Lunatic asylums Central Provinces reports 1886-1894 - 1886-1894
Year: 1886
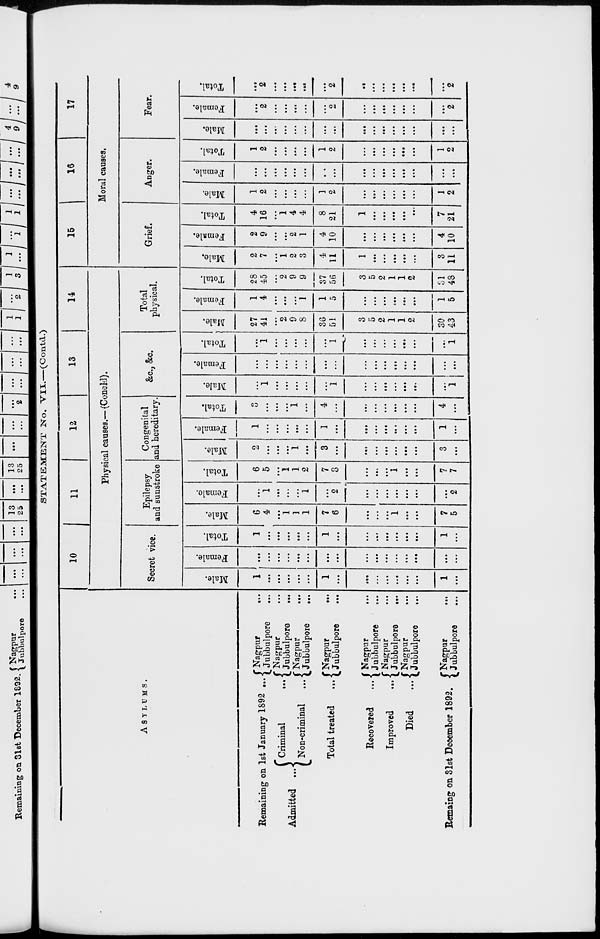
STATEMENT No. VII.—(Contd.)
ASYLUMS.
Remaining on 1st January 1892 ...
Admitted
...
Criminal
...
Non-criminal
...
Total treated
...
Recovered
...
Improved...
Died
...
Remaing on 31st December 1892.
Nagpur...
Jubbulpore
...
Nagpur...
Jubbulpore
...
Nagpur...
Jubbulpore...
Nagpur...
Jubbulpore...
Nagpur...
Jubbulpore...
Nagpur...
Jubbulpore...
Nagpur...
Jubbulpore...
Nagpur...
Jubbulpore...
10
11
12
13
14
Physical causes.—(Concld).
Secret vice.
Male.
1
...
...
...
...
...
1
...
...
...
...
...
...
...
1
...
Female.
...
...
...
...
...
...
...
...
...
...
...
...
...
...
...
...
Total.
1
...
...
...
...
...
1
...
...
...
...
...
...
...
1
...
Epilepsy
and sunstroke
Male.
6
4
...
1
1
1
7
6
...
...
...
1
...
...
7
5
Female.
...
1
...
...
...
1
...
2
...
...
...
...
...
...
...
2
Total.
6
5
...
1
1
2
7
8
...
...
...
1
...
...
7
7
Congenital
and hereditary.
Male.
2
...
...
...
1
...
3
...
...
...
...
...
...
...
3
...
Female.
1
...
...
...
...
...
1
...
...
...
...
...
...
...
1
...
Total.
3
...
...
...
1
...
4
...
...
...
...
...
...
...
4
...
&c., &c.
Male.
...
1
...
...
...
...
...
1
...
...
...
...
...
...
...
1
Female.
...
...
...
...
...
...
...
...
...
...
...
...
...
...
...
...
Total.
...
1
...
...
...
...
...
1
...
...
...
...
...
...
...
1
Total
physical.
Male.
27
41
...
2
9
8
36
51
3
5
2
1
1
2
30
43
Female.
1
4
...
...
...
1
1
5
...
...
...
...
...
...
1
5
Total.
28
45
...
2
9
9
37
56
3
5
2
1
1
2
31
48
15
16
17
Moral causes.
Grief.
Male.
2
7
...
1
2
3
4
11
1
...
...
...
...
...
3
11
Female.
2
9
...
...
2
1
4
10
...
...
...
...
...
...
4
10
Total.
4
16
...
1
4
4
8
21
1
...
...
...
...
...
7
21
Anger.
Male.
1
2
...
...
...
...
1
2
...
...
...
...
...
...
1
2
Female.
...
...
...
...
...
...
...
...
...
...
...
...
...
...
...
...
Total.
1
2
...
...
...
...
1
2
...
...
...
...
...
...
1
2
Fear.
Male.
...
...
...
...
...
...
...
...
...
...
...
...
...
...
...
...
Female.
...
2
...
...
...
...
...
2
...
...
...
...
...
...
...
2
Total.
...
2
...
...
...
...
...
2
...
...
...
...
...
...
...
2